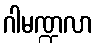
ဂါမဏ္ဍလာ